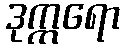
ဒုက္ကရော